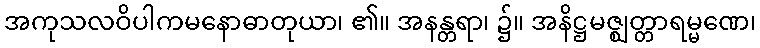
အကုသလဝိပါကမနောဓာတုယာ၊ ၏။ အနန္တရာ၊ ၌။ အနိဋ္ဌမဇ္ဈတ္တာရမ္မဏေ၊